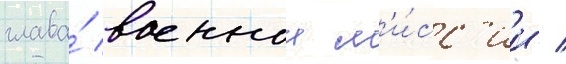
глава́ военнои м'и́сс'ии /